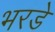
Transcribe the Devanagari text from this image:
भरडे